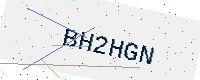
Text: BH2HGN